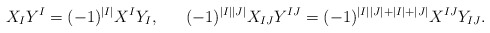
\begin{align*}X_I Y^I &= (-1)^{|I|}X^I Y_I,&(-1)^{|I||J|}X_{IJ}Y^{IJ}&=(-1)^{|I||J|+|I|+|J|} X^{IJ}Y_{IJ}.\end{align*}